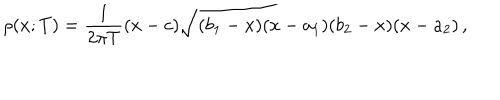
LaTeX: \rho ( x ; T ) = \frac { 1 } { 2 \pi T } ( x - c ) \sqrt { ( b _ { 1 } - x ) ( x - a _ { 1 } ) ( b _ { 2 } - x ) ( x - a _ { 2 } ) } \, ,